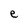
Character: e